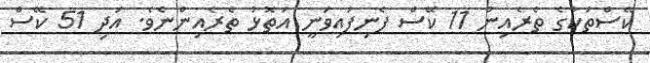
ކޭސްތަކުގެ ތެރެއިން 11 ކޭސް ފެނިފައިވަނީ އަތޮޅު ތެރެއިންނެވެ. އަދި 51 ކޭސް